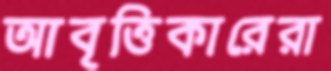
আবৃত্তিকারেরা